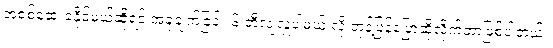
အစစ်ဆေးခံနိုင်မယ်ဆိုရင် အခုချက်ခြင်း ၆ ဘီလျံလှူပါမယ် လို့ တုန့်ပြန်ပြောဆိုလိုက်တာဖြစ်ပါတယ်။